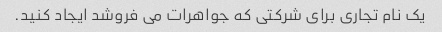
یک نام تجاری برای شرکتی که جواهرات می فروشد ایجاد کنید.